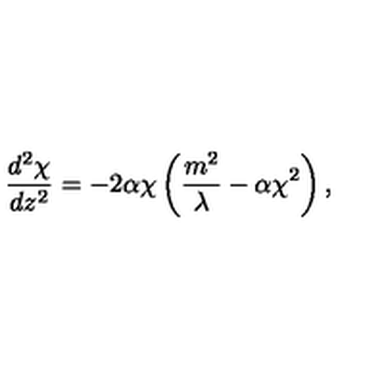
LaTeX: \frac { d ^ { 2 } \chi } { d z ^ { 2 } } = - 2 \alpha \chi \left( \frac { m ^ { 2 } } { \lambda } - \alpha \chi ^ { 2 } \right) ,